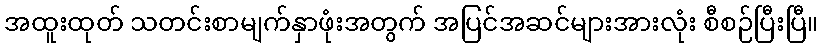
အထူးထုတ် သတင်းစာမျက်နှာဖုံးအတွက် အပြင်အဆင်များအားလုံး စီစဉ်ပြီးပြီ။